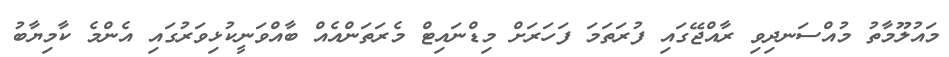
މައުލޫމާތު މުއްސަނދިވި ރާއްޖޭގައި ފުރަތަމަ ފަހަރަށް މިޑްނައިޓް މެރަތަންއެއް ބާއްވަނީކުޅިވަރުގައި އެންމެ ކާމިޔާބު